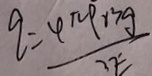
q = \frac { 4 \pi \rho r ^ { 3 } g } { 3 E }